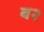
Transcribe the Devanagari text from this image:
ब२